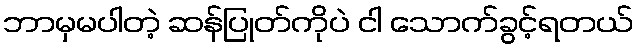
ဘာမှမပါတဲ့ ဆန်ပြုတ်ကိုပဲ ငါ သောက်ခွင့်ရတယ်